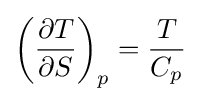
\left({\partial T \over \partial S}\right)_{p}={T \over C_{p}}